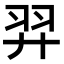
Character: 羿